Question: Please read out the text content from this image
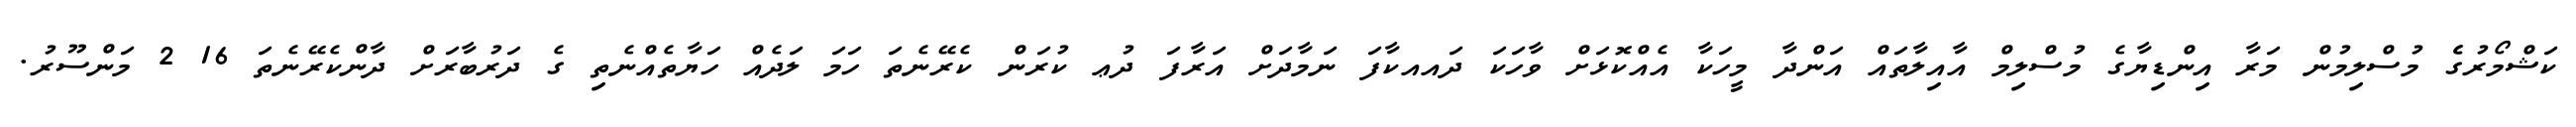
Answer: ކަޝްމޯރުގެެ މުސްލިމުން މަރާ އިންޑިޔާގެ މުސްލިމް އާއިލާތައް އަންދާ މީހަކާ އެއްކޮޅަށް ވާހަކަ ދައއކާފަ ނަމާދަށް އަރާފަ ދުޢ ކުރަން ކެރޭނެތަ ހަމަ ލަދެއް ހަޔާތެއްނެތި ގެ ދަރުބާރަށް ދާންކެރޭނެތަ 16 2 މަންސޫރު.